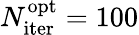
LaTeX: N_{\mathrm{iter}}^{\mathrm{opt}}=100